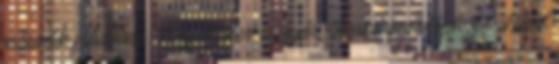
második félidőben. Troy Baker, a Győr Sharks vezetőedzője: Hibát